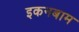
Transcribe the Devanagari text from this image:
इकनबाम